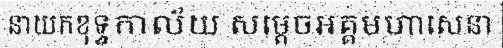
នាយកខុទ្ទកាល័យ សម្តេចអគ្គមហាសេនា